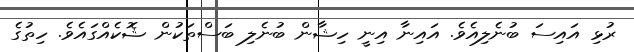
ރުޅި އައިސަ ބުނެލިއެވެ. އައިނާ އިނީ ހިޝާން ބުނެލި ބަސްތަކުން ޝޮކެއްގައެވެ. ހިތުގެ